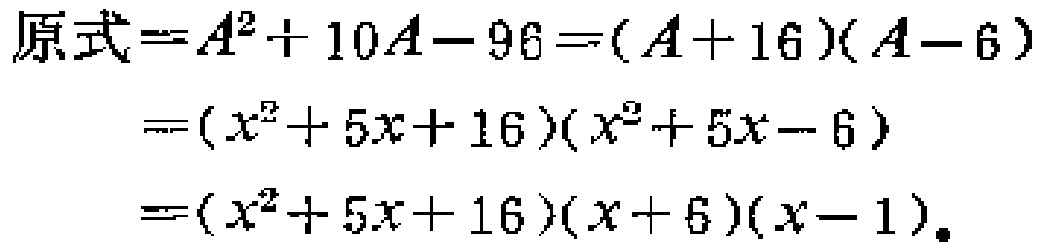
\[

\begin{align*}

原式&=A^{2}+10A - 96=(A + 16)(A - 6)\\

&=(x^{2}+5x + 16)(x^{2}+5x - 6)\\

&=(x^{2}+5x + 16)(x + 6)(x - 1).

\end{align*}

\]